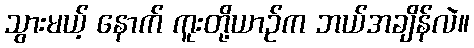
သွားမယ့် နောက် ကူးတို့ယာဉ်က ဘယ်အချိန်လဲ။